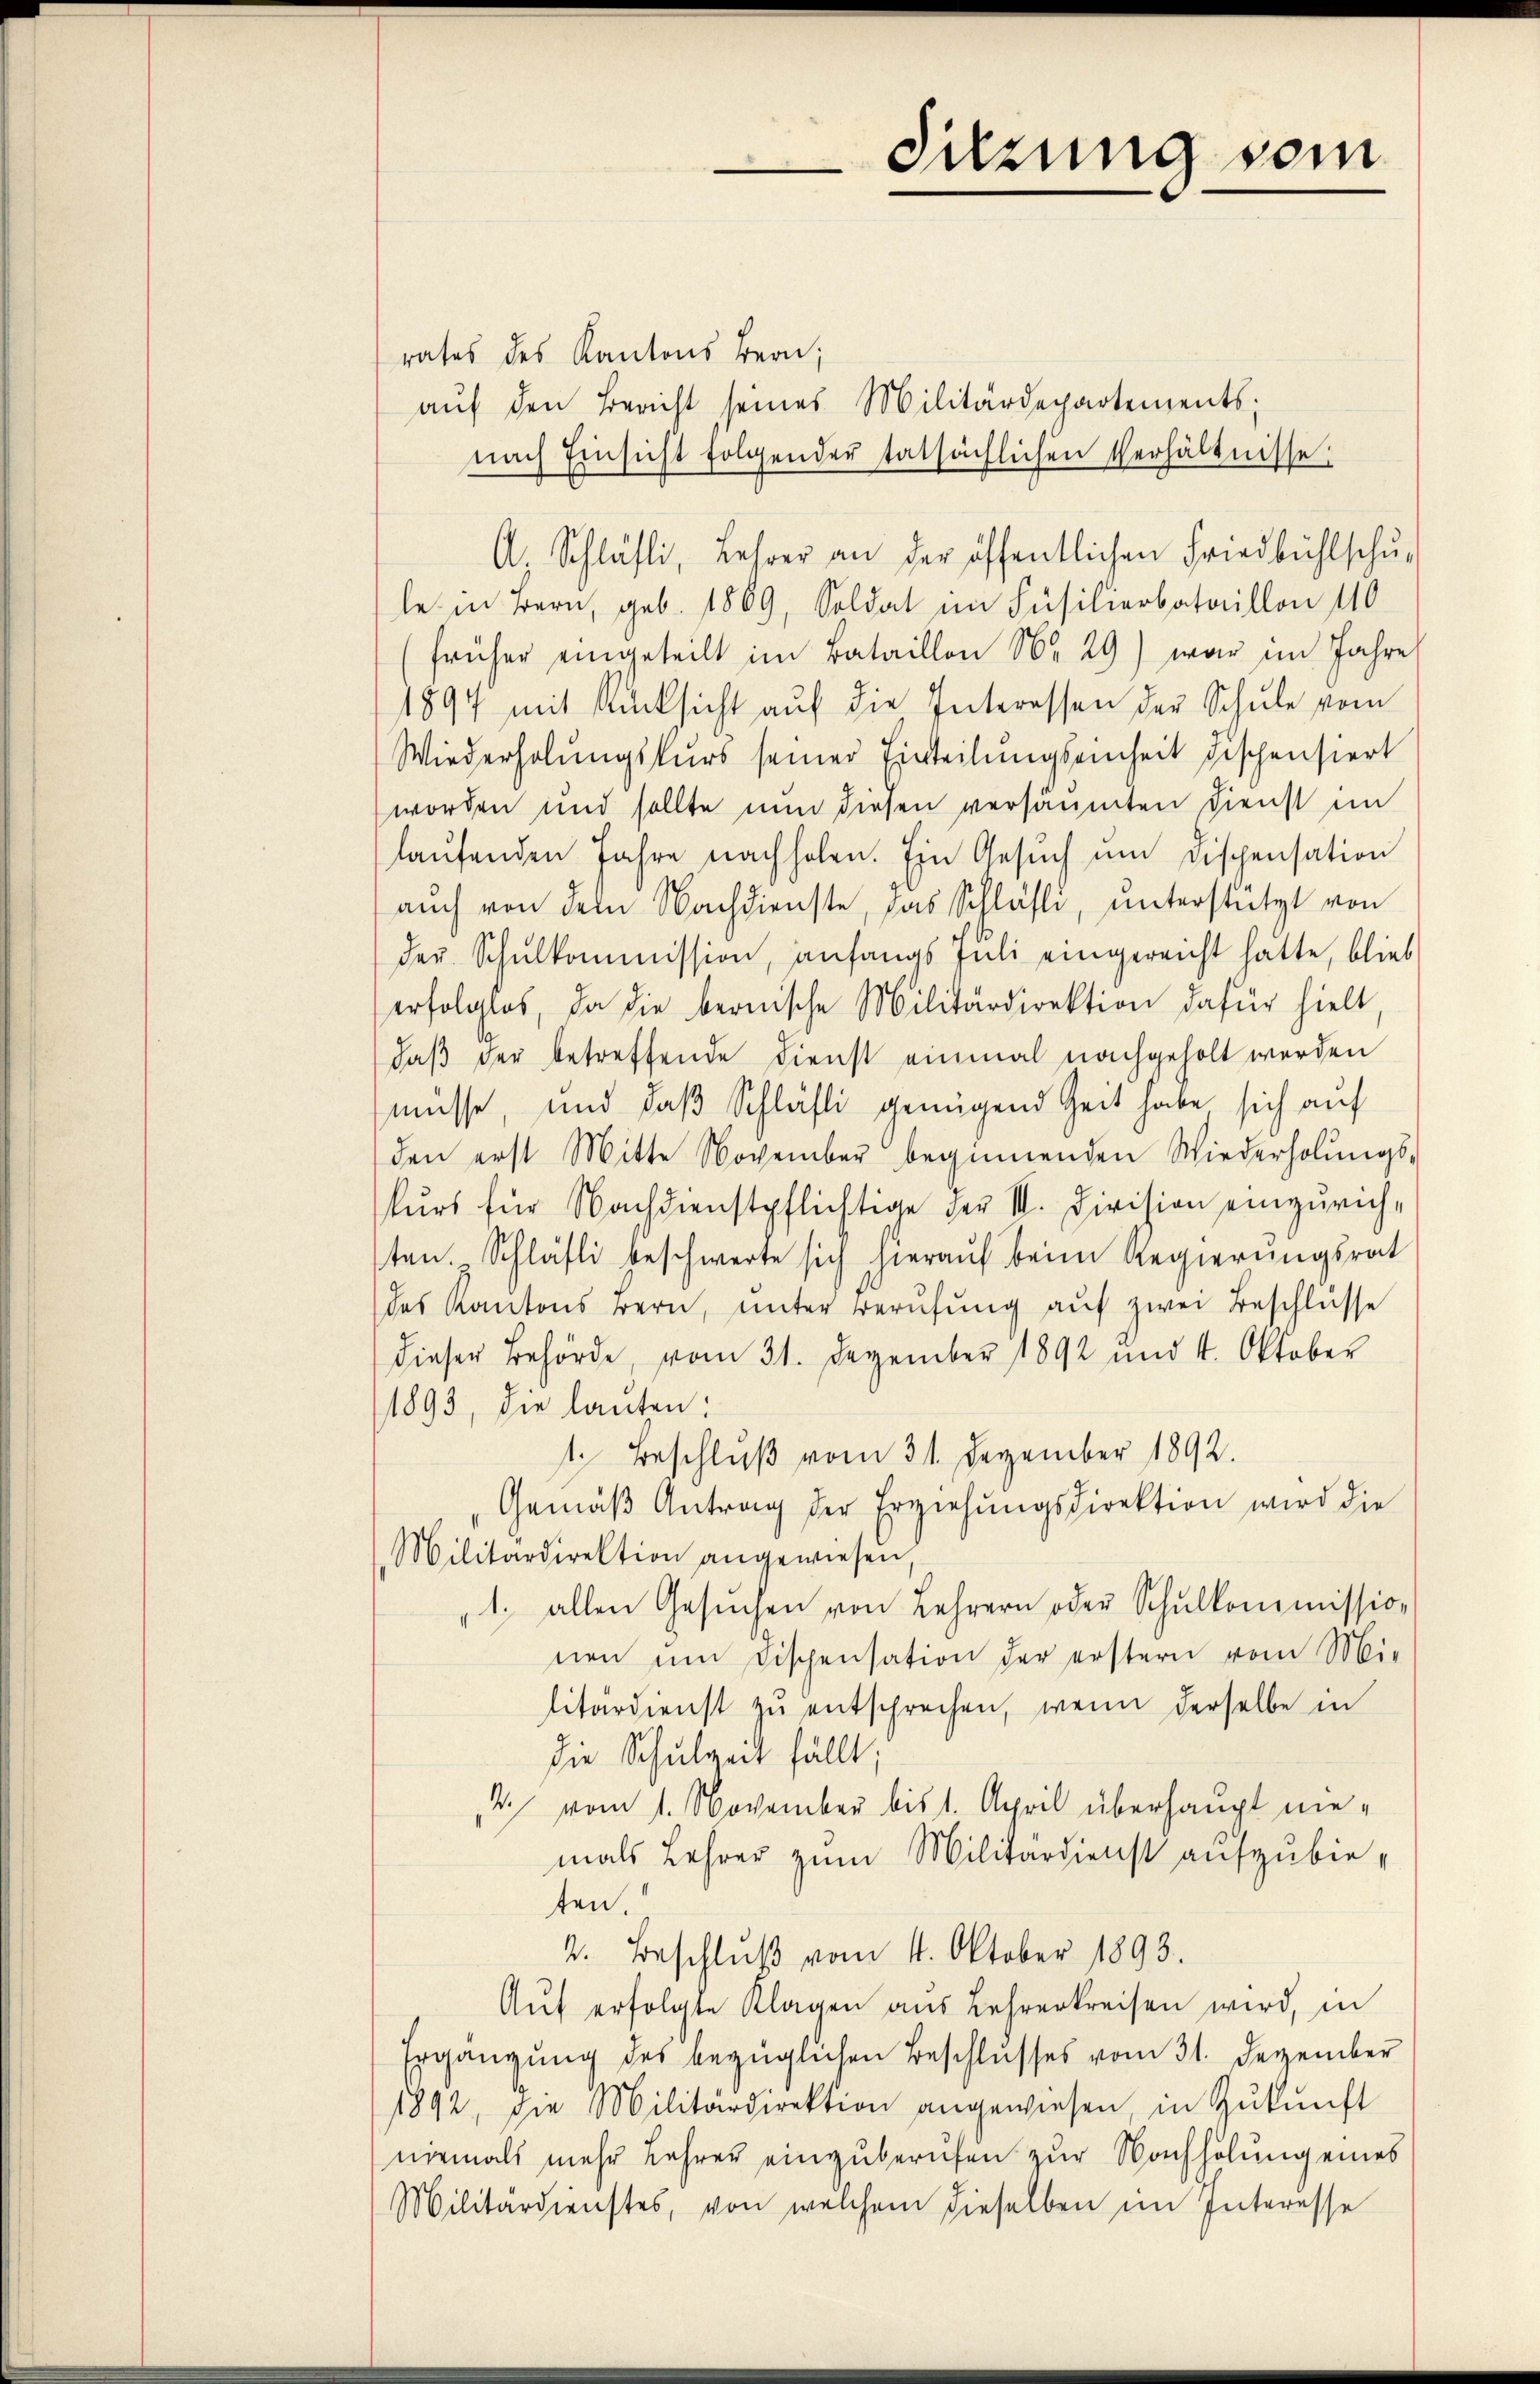
rates des Kantons Bern;
aŭf den Bericht seines Militärdepartements;
nach Einsicht folgender tatsächlichen Verhältnisse.
A. Schläfli, Lehrer an der öffentlichen Friedbühlschŭ-
le in Bern, geb. 1869, Soldat im Füsilierbataillon 110
früher eingeteilt im Bataillon No 29) war im Jahre
1897 mit Rücksicht auf die Interessen der Schule vom
Wiederholŭngskurs seiner Einteilŭngseinheit dischensiert
worden und sollte nun diesen versäumten Dienst im
laŭfenden Jahre nachholen. Ein Gesŭch ŭm dispensation
auch von dem Nachdienste, das Schläsli, unterstützt von
der Schulkommission, anfangs Juli eingereicht hatte, blieb
erfolglos, da die bernische Militärdirektion dafür hielt,
daß der betreffende Dienst einmal nachgeholt werden
müsse, und daß Schläfli genügend Zeit habe sich auf
den erst Mitte November beginnenden Wiederholŭngs-
kŭrs für Nachdienstpflichtige der III. Division einzurichten. Schläfli beschwerte sich hierauf beim Regierungsrat
des Kantons Bern, ŭnter Berŭfŭng aŭf zwei Beschlüsse
dieser Behörde, vom 31. Dezember 1892 und 4. Oktober
1893, die lauten:
1. Beschluß vom 31. Dezember 1892.
Gemäβ Antrag der Erziehŭngsdirektion wird die
Militärdirektion angewiesen,
1. allen Gesŭchen von Lehrern oder Schulkommission
nen um Dischensation der erstern vom Mi-
litärdienst zŭ entsprechen, wenn derselbe in
die Schulzeit fällt;
V. vom 1. November bis 1. April überhaupt niemals Lehrer zum Militärdienst aufzubieten.
2. Beschlŭβ vom 14. Oktober 1893.
Aŭf erfolgte Klagen aus Lehrerkreisen wird, in
Ergängŭng des bezüglichen Beschlŭsses vom 31. Dezember
1892, die Militärdirektion angewiesen, in Zŭkŭnft
niemals mehr Lehrer einzuberufen zur Nachholung eines
Militärdienstes, von welchem dieselben im Interesse

Sitzung vom